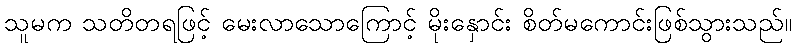
သူမက သတိတရဖြင့် မေးလာသောကြောင့် မိုးနှောင်း စိတ်မကောင်းဖြစ်သွားသည်။